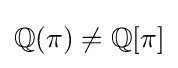
\mathbb {Q} (\pi )\neq \mathbb {Q} [\pi ]